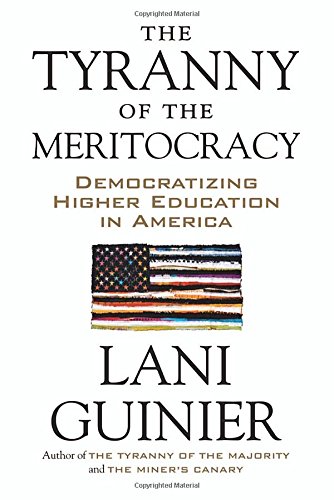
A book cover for The Tyranny of the Meritocracy: Democratizing Higher Education in America; Lani Guinier; Law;